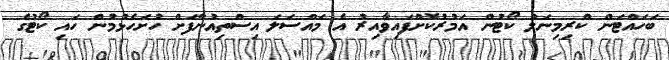
ބަހައްޓަން ކްރިމިނަލް ކޯޓުން އަމުރުކޮށްފައިވާއިރު އެ މައްސަލަ އިސްތިއުނާފަށް ހުށަހެޅުމުން ހައި ކޯޓުގެ